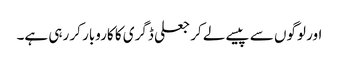
اور لوگوں سے پیسے لے کر جعلی ڈگری کا کاروبار کر رہی ہے۔